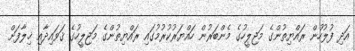
އަދި ފުލުހުން ރައްޔިތުންގެ މަޖިލީހުގެ މެންބަރުން ހައްޔަރުކުރުމުގައި ރައްޔިތުންގެ މަޖިލީހުގެ ޤަވައިދާއި ޚިލާފަށް